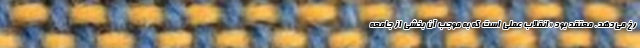
رخ می‌دهد. معتقد بود «انقلاب عملی است که به موجب آن بخشی از جامعه